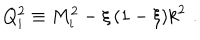
Q _ { i } ^ { 2 } \equiv M _ { i } ^ { 2 } - \xi \, ( 1 - \xi ) k ^ { 2 } \, \, .